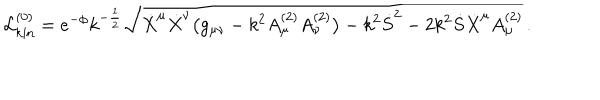
LaTeX: { \cal L } _ { \mathrm { k i n } } ^ { ( 0 ) } = e ^ { - \phi } k ^ { - { \frac { 1 } { 2 } } } \sqrt { \dot { X } ^ { \mu } \dot { X } ^ { \nu } \bigl ( g _ { \mu \nu } - k ^ { 2 } A _ { \mu } ^ { ( 2 ) } A _ { \nu } ^ { ( 2 ) } \bigr ) - k ^ { 2 } { \dot { S } } ^ { 2 } - 2 k ^ { 2 } \dot { S } { \dot { X } } ^ { \mu } A _ { \mu } ^ { ( 2 ) } } \, .